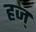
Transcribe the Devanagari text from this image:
हज्